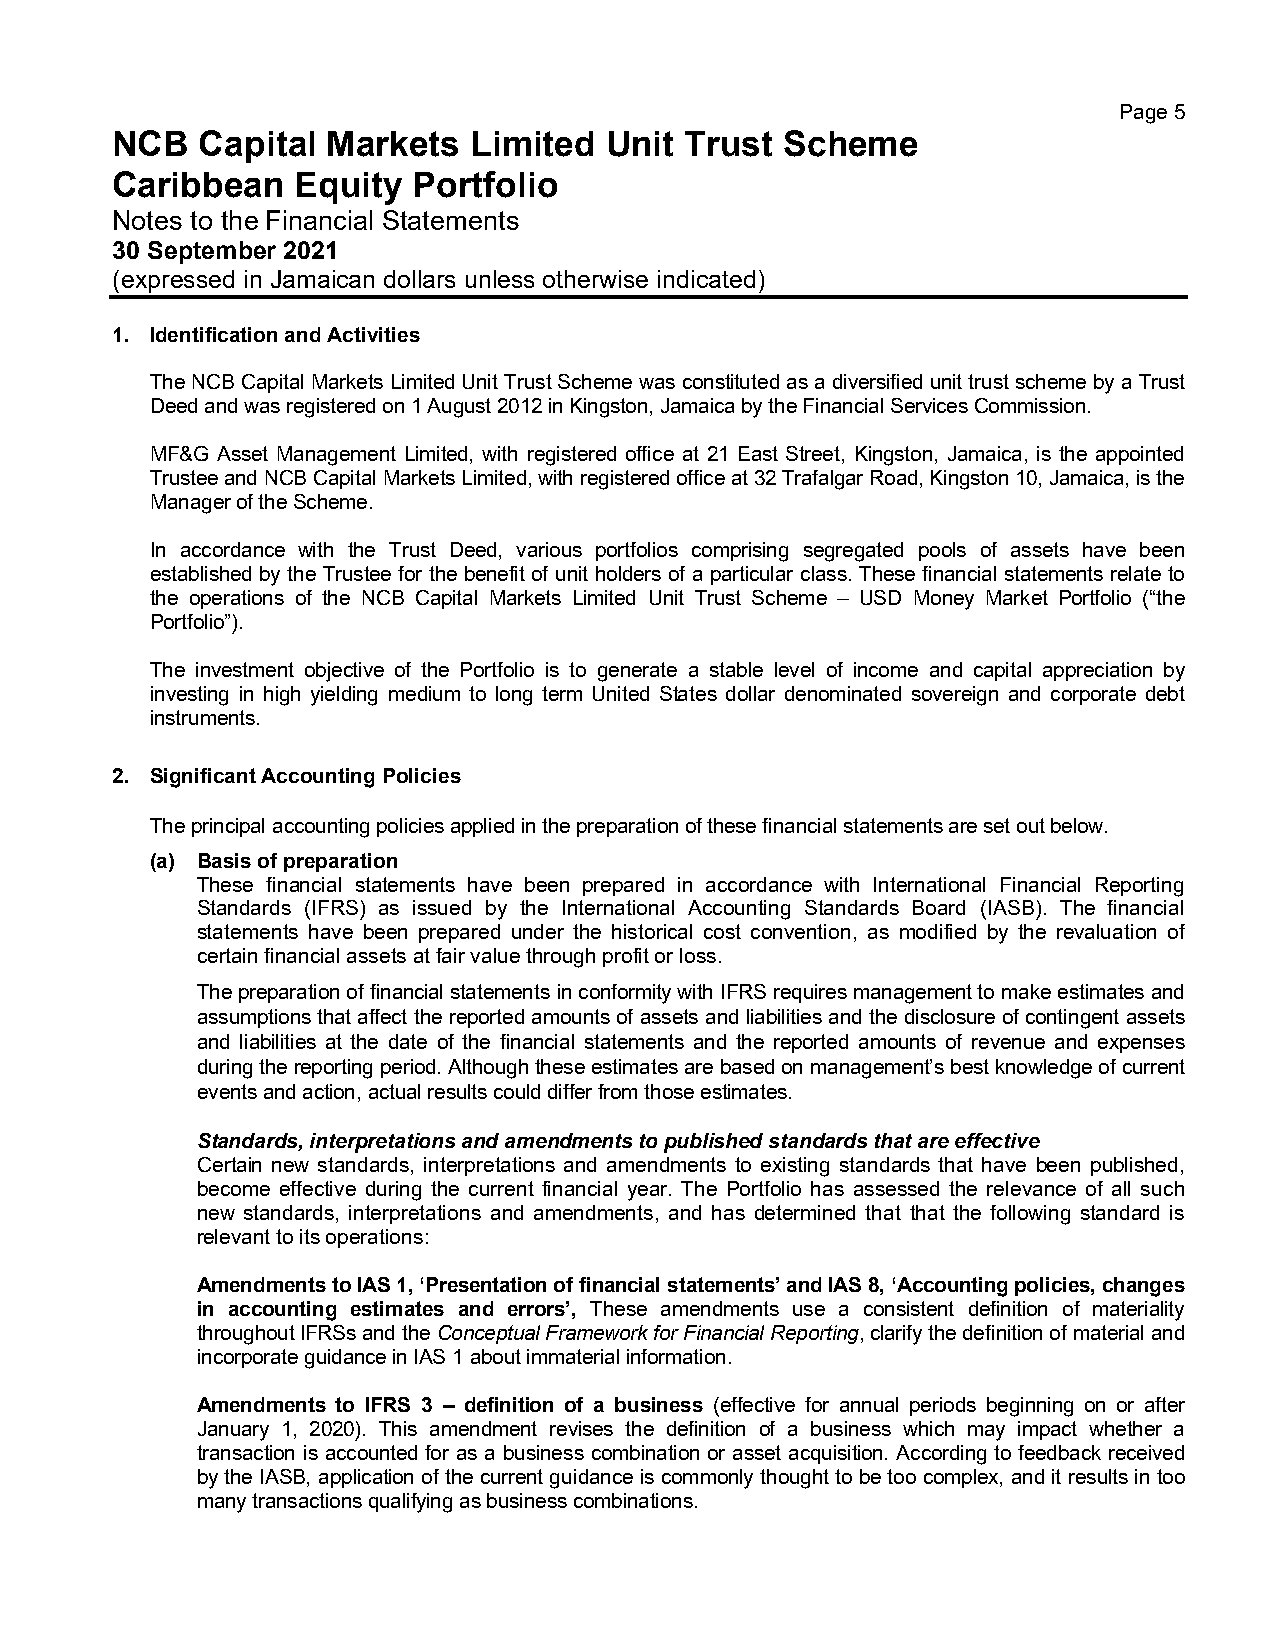
Page 5
 NCB   Capital  Markets  Limited  Unit Trust  Scheme
 Caribbean    Equity Portfolio
 Notes to the Financial Statements
 30 September 2021
 (expressed in Jamaican dollars unless otherwise indicated)
 1. Identification and Activities
 The NCB Capital Markets Limited Unit Trust Scheme was constituted as a diversified unit trust scheme by a Trust
 Deed and was registered on 1 August 2012 in Kingston, Jamaica by the Financial Services Commission.
 MF&G Asset Management Limited, with registered office at 21 East Street, Kingston, Jamaica, is the appointed
 Trustee and NCB Capital Markets Limited, with registered office at 32 Trafalgar Road, Kingston 10, Jamaica, is the
 Manager of the Scheme.
 In accordance with the Trust Deed, various portfolios comprising segregated pools of assets have been
 established by the Trustee for the benefit of unit holders of a particular class. These financial statements relate to
 the operations of the NCB Capital Markets Limited Unit Trust Scheme – USD Money Market Portfolio (“the
 Portfolio”).
 The investment objective of the Portfolio is to generate a stable level of income and capital appreciation by
 investing in high yielding medium to long term United States dollar denominated sovereign and corporate debt
 instruments.
 2. Significant Accounting Policies
 The principal accounting policies applied in the preparation of these financial statements are set out below.
 (a) Basis of preparation
 These financial statements have been prepared in accordance with International Financial Reporting
 Standards (IFRS) as issued by the International Accounting Standards Board (IASB). The financial
 statements have been prepared under the historical cost convention, as modified by the revaluation of
 certain financial assets at fair value through profit or loss.
 The preparation of financial statements in conformity with IFRS requires management to make estimates and
 assumptions that affect the reported amounts of assets and liabilities and the disclosure of contingent assets
 and liabilities at the date of the financial statements and the reported amounts of revenue and expenses
 during the reporting period. Although these estimates are based on management’s best knowledge of current
 events and action, actual results could differ from those estimates.
 Standards, interpretations and amendments to published standards that are effective
 Certain new standards, interpretations and amendments to existing standards that have been published,
 become effective during the current financial year. The Portfolio has assessed the relevance of all such
 new standards, interpretations and amendments, and has determined that that the following standard is
 relevant to its operations:
 Amendments to IAS 1, ‘Presentation of financial statements’ and IAS 8, ‘Accounting policies, changes
 in accounting estimates and errors’, These amendments use a consistent definition of materiality
 throughout IFRSs and the Conceptual Framework for Financial Reporting, clarify the definition of material and
 incorporate guidance in IAS 1 about immaterial information.
 Amendments to IFRS 3 – definition of a business (effective for annual periods beginning on or after
 January 1, 2020). This amendment revises the definition of a business which may impact whether a
 transaction is accounted for as a business combination or asset acquisition. According to feedback received
 by the IASB, application of the current guidance is commonly thought to be too complex, and it results in too
 many transactions qualifying as business combinations.